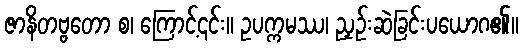
ဇာနိတဗ္ဗတော စ၊ ကြောင့်၎င်း။ ဥပက္ကမဿ၊ ညှဉ်းဆဲခြင်းပယောဂ၏။